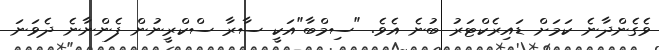
ވެގެންދާނެ ކަމަށް ޑައިރެކްޓަރު ބުނެ އެވެ. "ސިމްބާ"އަކީ ސާރާ ސްކްރީނުން ފެންނާނެ ދެވަނަ